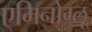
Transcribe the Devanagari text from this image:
एमिनोग्लू